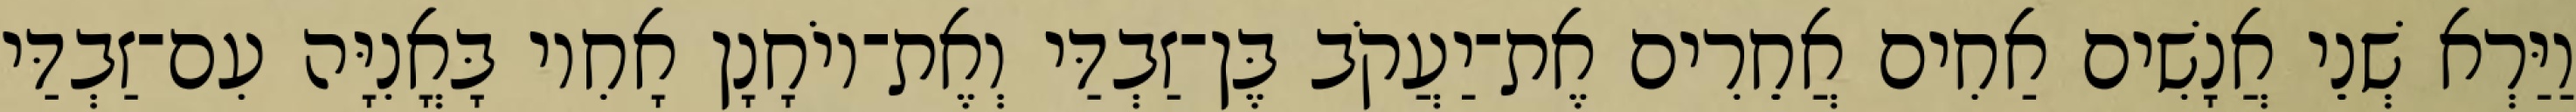
וַיַּרְא שְׁנֵי אֲנָשִׁים אַחִים אֲחֵרִים אֶת־יַעֲקֹב בֶּן־זַבְדַּי וְאֶת־יוֹחָנָן אָחִיו בָּאֳנִיָּה עִם־זַבְדַּי